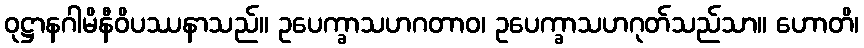
ဝုဋ္ဌာနဂါမိနီဝိပဿနာသည်။ ဥပေက္ခာသဟဂတာဝ၊ ဥပေက္ခာသဟဂုတ်သည်သာ။ ဟောတိ၊